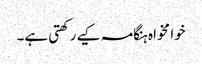
خوا مخواہ ہنگامہ کیے رکھتی ہے۔